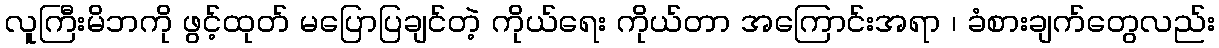
လူကြီးမိဘကို ဖွင့်ထုတ် မပြောပြချင်တဲ့ ကိုယ်ရေး ကိုယ်တာ အကြောင်းအရာ ၊ ခံစားချက်တွေလည်း